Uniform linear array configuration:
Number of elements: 32
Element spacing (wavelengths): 1
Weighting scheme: hamming
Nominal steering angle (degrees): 30
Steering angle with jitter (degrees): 29.167
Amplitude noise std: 0.05
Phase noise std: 0.05

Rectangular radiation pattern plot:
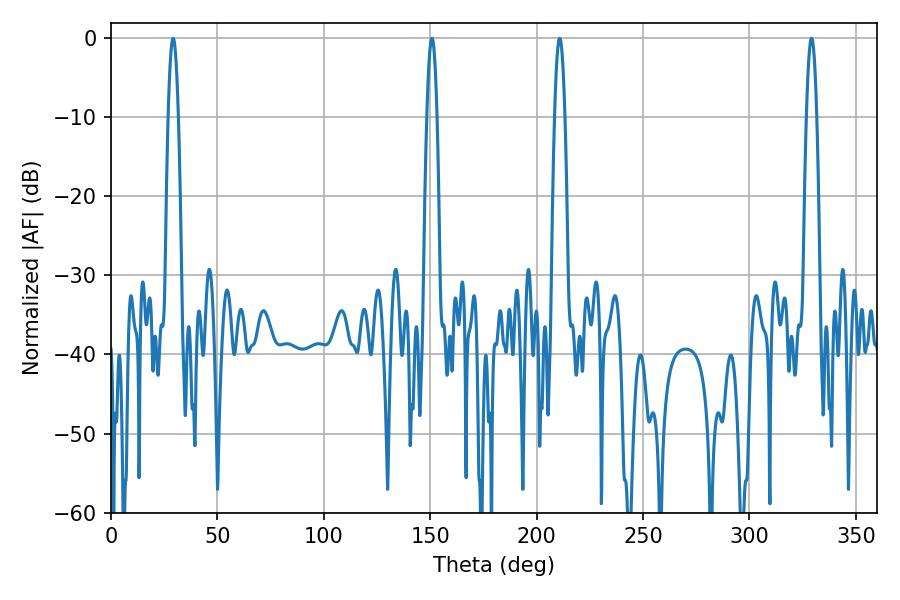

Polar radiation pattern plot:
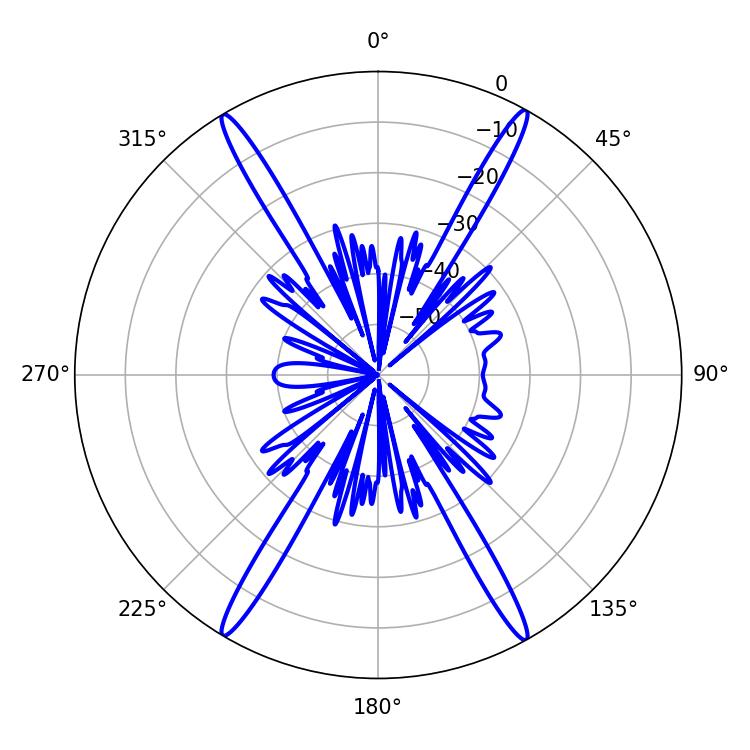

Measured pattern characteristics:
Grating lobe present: TRUE
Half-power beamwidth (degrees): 2.52
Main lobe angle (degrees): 29.16